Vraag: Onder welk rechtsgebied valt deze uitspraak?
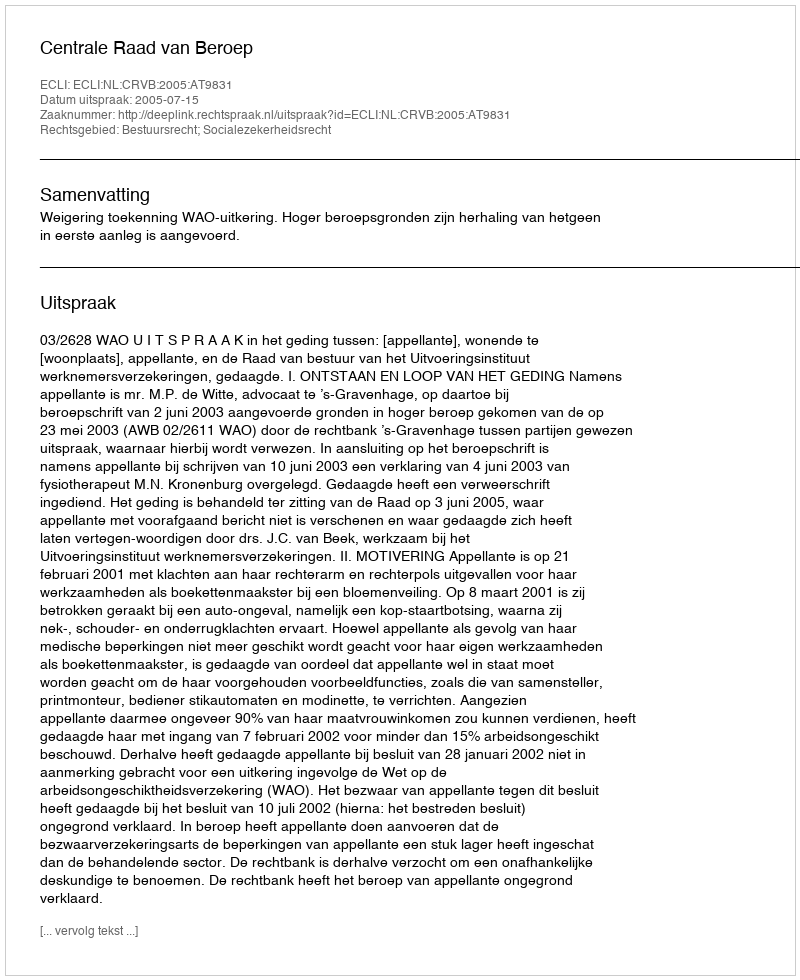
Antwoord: Bestuursrecht; Socialezekerheidsrecht